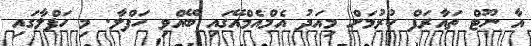
އާ ނޫޓް ތައާރަފް ކުރުމަށް މިއަދު އެމްއެމްއޭގައި ބޭއްވި ހަފްލާ. މި ހަފްލާގައި